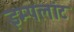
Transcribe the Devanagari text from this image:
इम्पलांट